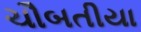
ચૌબતીયા